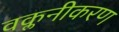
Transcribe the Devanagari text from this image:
वक्लनीकरण